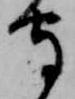
守